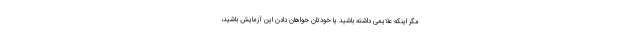
مگر اینکه علایمی داشته باشید یا خودتان خواهان دادن این آزمایش باشید،